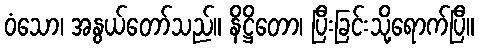
ဝံသော၊ အနွယ်တော်သည်။ နိဋ္ဌိတော၊ ပြီးခြင်းသို့ရောက်ပြီ။